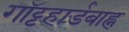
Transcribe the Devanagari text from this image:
गॉट्टहार्डबाह्न